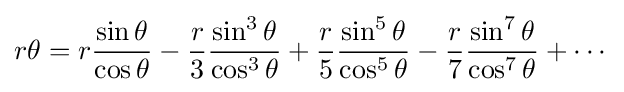
r\theta ={r{\frac {\sin \theta }{\cos \theta }}}-{\frac {r}{3}}{\frac {\sin ^{3}\theta }{\cos ^{3}\theta }}+{\frac {r}{5}}{\frac {\sin ^{5}\theta }{\cos ^{5}\theta }}-{\frac {r}{7}}{\frac {\sin ^{7}\theta }{\cos ^{7}\theta }}+\cdots